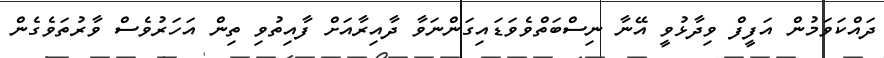
ދައްކަވަމުން އަފީފް ވިދާޅުވީ އޭނާ ނިސްބަތްވެވަޑައިގަންނަވާ ދާއިރާއަށް ފާއިތުވި ތިން އަހަރުވެސް ވާރުތަވެގެން